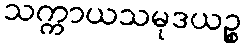
သက္ကာယသမုဒယဉ္စ